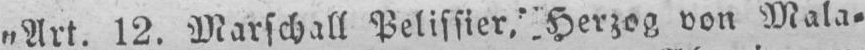
„Art. 12. Marschall Pelissier, Herzog von Mala⸗